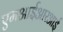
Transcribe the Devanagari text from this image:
एमआईआरआई